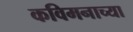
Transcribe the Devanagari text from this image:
कविमनाच्या